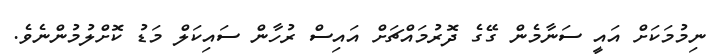
ނިމުމަކަށް އައީ ސަނާމެން ގޭގެ ދޮރުމައްޗަށް އައިސް ރުހާން ސައިކަލް މަޑު ކޮށްލުމުންނެވެ.